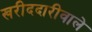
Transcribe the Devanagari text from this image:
खरीददारीवाले